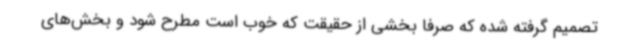
تصمیم گرفته شده که صرفا بخشی از حقیقت که خوب است مطرح شود و بخش‌های